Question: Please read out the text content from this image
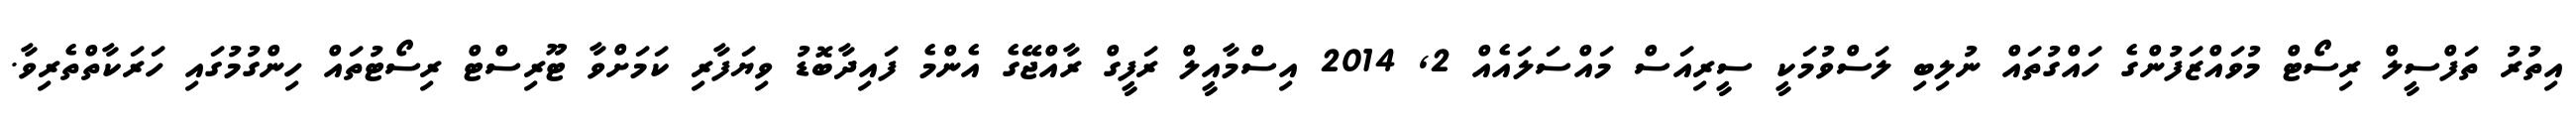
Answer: އިތުރު ތަފްސީލް ރިސޯޓް މުވައްޒަފުންގެ ހައްގުތައް ނުލިބި ލަސްވުމަކީ ސީރިއަސް މައްސަލައެއް 2, 2014 އިސްމާއީލް ރަފީގް ރާއްޖޭގެ އެންމެ ފައިދާބޮޑު ވިޔަފާރި ކަމަށްވާ ޓޫރިސްޓް ރިސޯޓުތައް ހިންގުމުގައި ހަރަކާތްތެރިވާ.